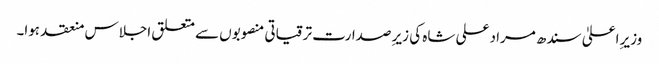
وزیرِ اعلیٰ سندھ مراد علی شاہ کی زیرِ صدارت ترقیاتی منصوبوں سے متعلق اجلاس منعقد ہوا۔